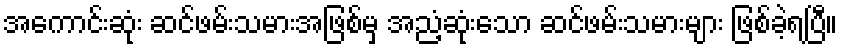
အကောင်းဆုံး ဆင်ဖမ်းသမားအဖြစ်မှ အညံ့ဆုံးသော ဆင်ဖမ်းသမားများ ဖြစ်ခဲ့ရပြီ။